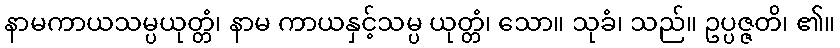
နာမကာယသမ္ပယုတ္တံ၊ နာမ ကာယနှင့်သမ္ပ ယုတ္တံ၊ သော။ သုခံ၊ သည်။ ဥပ္ပဇ္ဇတိ၊ ၏။